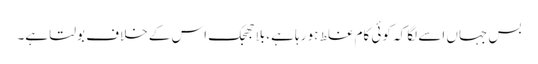
بس جہاں اسے لگا کہ کوئی کام غلط ہو رہا ہے، بلاجھجک اس کے خلاف بولتا ہے۔